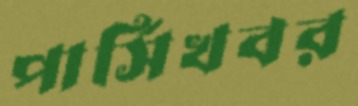
পার্সিখবর